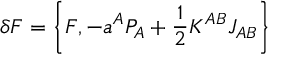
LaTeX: \delta F = \left\{ F , - a ^ { A } P _ { A } + \frac 1 2 K ^ { A B } J _ { A B } \right\}